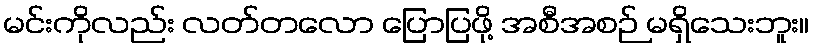
မင်းကိုလည်း လတ်တလော ပြောပြဖို့ အစီအစဉ် မရှိသေးဘူး။